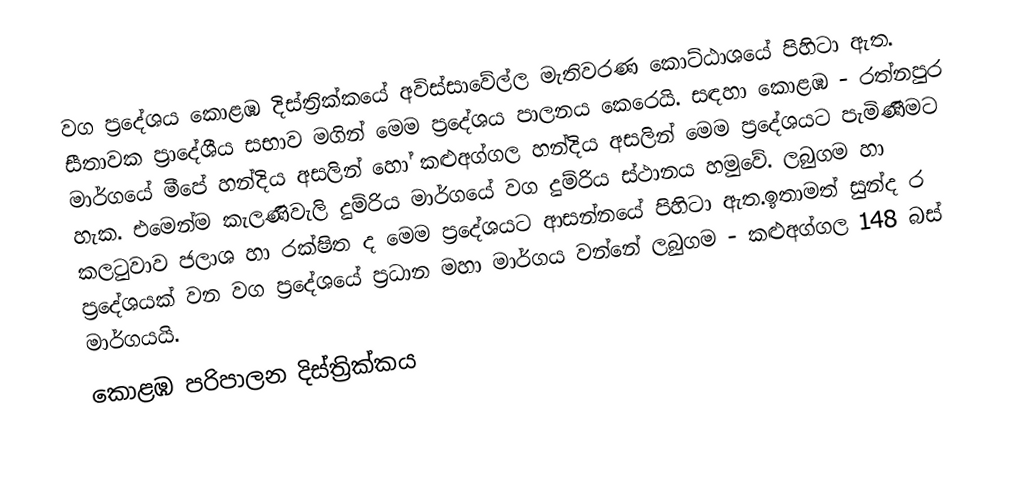
වග ප්‍රදේශය කොළඹ දිස්ත්‍රික්කයේ අවිස්සාවේල්ල  මැතිවරණ කොට්ඨාශයේ පිහිටා ඇත. සීතාවක ප්‍රාදේශීය සභාව මගින් මෙම ප්‍රදේශය පාලනය කෙරෙයි. සඳහා කොළඹ - රත්නපුර මාර්ගයේ මීපේ හන්දිය අසලින් හෝ කළුඅග්ගල හන්දිය අසලින් මෙම ප්‍රදේශයට පැමිණීමට හැක. එමෙන්ම කැලණිවැලි දුම්රිය මාර්ගයේ  වග දුම්රිය ස්ථානය හමුවේ. ලබුගම හා කලටුවාව ජලාශ හා  රක්ෂිත ද  මෙම ප්‍රදේශයට ආසන්නයේ පිහිටා ඇත.‍ඉතාමත් සුන්ද ර ප්‍ර‍දේශයක් වන වග ප්‍රදේශයේ ප්‍රධා‍න මහා මාර්ගය වන්නේ ලබුගම - කළුඅග්ගල 148 බස් මාර්ගයයි.
කොළඹ පරිපාලන දිස්ත්‍රික්කය